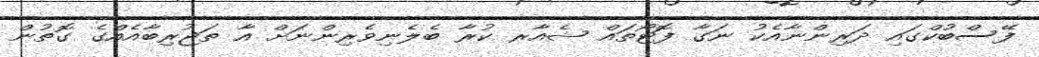
ފޭސްބުކްގައި ދަރިންނާއެކު ނަގާ ފޮޓޯތައް ޝެއާރ ކުރާ ބެލެނިވެރިންނަށް އާ ތަޖުރިބާއެއްގެ ގޮތުން